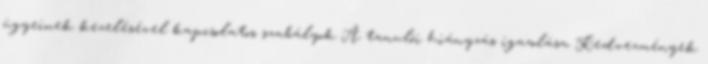
ügyeinek kezelésével kapcsolatos szabályok A tanulói hiányzás igazolása Kedvezmények